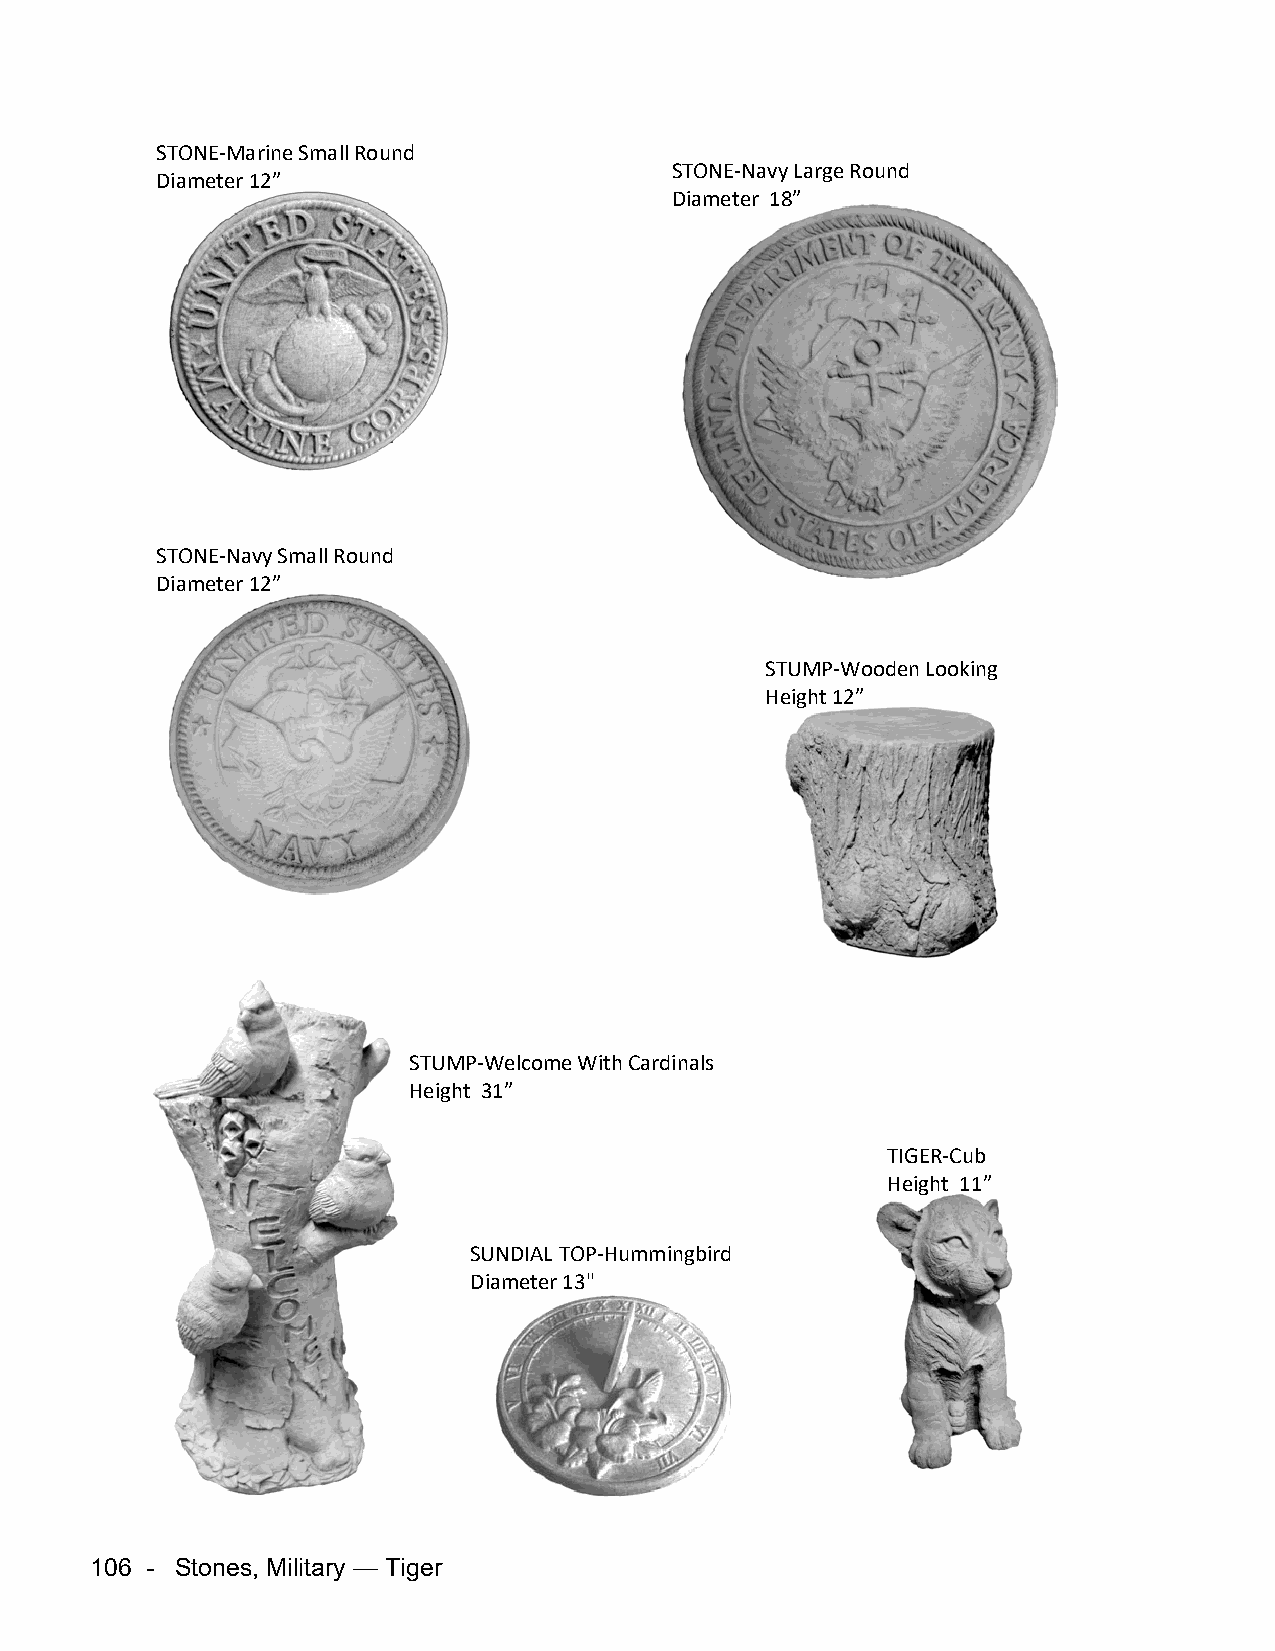
STONE-Marine Small Round
 STONE-Navy Large Round
 Diameter 12”
 Diameter 18”
 STONE-Navy Small Round
 Diameter 12”
 STUMP-Wooden Looking
 Height 12”
 STUMP-Welcome With Cardinals
 Height 31”
 TIGER-Cub
 Height 11”
 SUNDIAL TOP-Hummingbird
 Diameter 13"
 106 - Stones, Military — Tiger